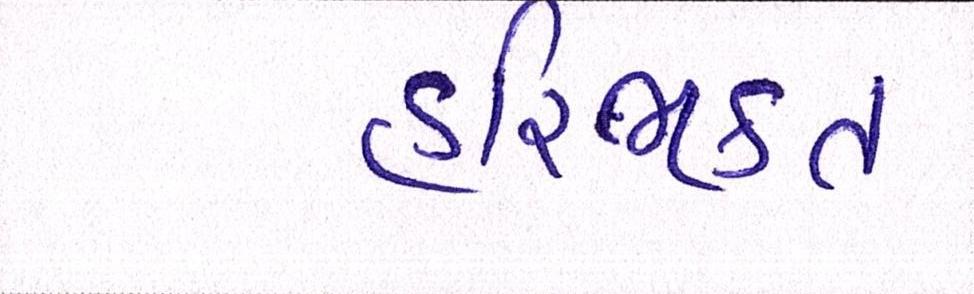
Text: હરિભકત